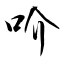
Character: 吤